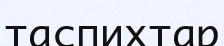
таспихтар